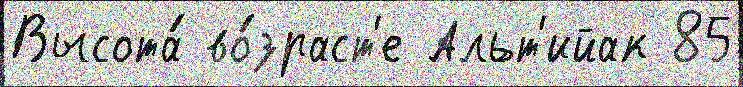
Высота́ во́зраст'е Альт'ийак 85